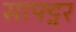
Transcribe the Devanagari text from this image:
साफ्ट्नर